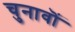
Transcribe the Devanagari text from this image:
चुनावॊं